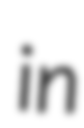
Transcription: in